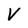
Character: V